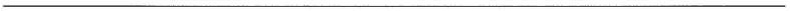
___